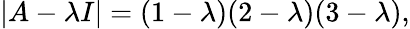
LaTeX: |A-\lambda I|=(1-\lambda)(2-\lambda)(3-\lambda),